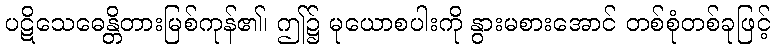
ပဋိသေဓေန္တိတားမြစ်ကုန်၏၊ ဤ၌ မုယောစပါးကို နွားမစားအောင် တစ်စုံတစ်ခုဖြင့်